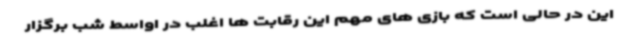
این در حالی است که بازی های مهم این رقابت ها اغلب در اواسط شب برگزار